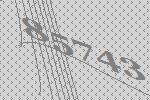
85743